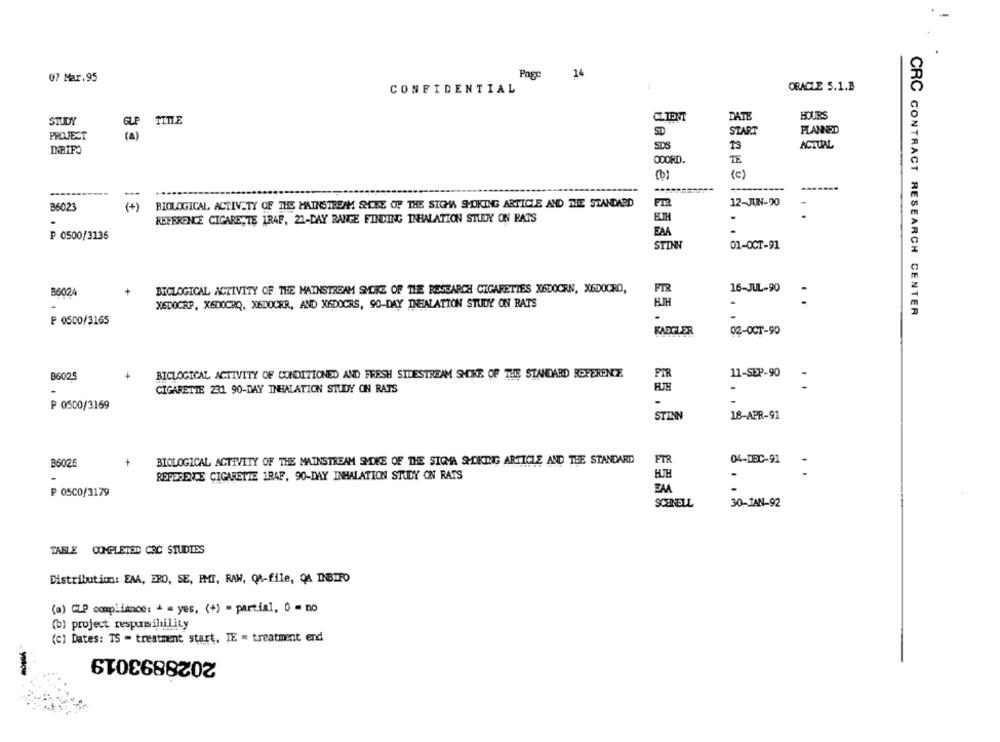
Page
14
07 Mar.95
CONFIDENTIAL
ORACLE 5.1.B
CLIPAT
DATE
HOURS
STUDY
GLP TITLE
SD
START
PLANNED
SDS
ACTUAL
INBIFO
ODORD.
TE
(c)
B6023
( +)
BIOLOGICAL ACTIVITY OF THE MAINSTREAM SHCKE OF THE SIGHA SMOKING ARTICLE AND THE STANDARD
12-JUN-20
=
ELTH
REFERENCE CIGARETTE 1R4F, 21-DAY RANGE FINDING INHALATION STUDY ON PATS
EMA
₽ 0500/3136
STINN
01-OCT-91
BIOLOGICAL ACTIVITY OF THE MAINSTREAM SMOKE OF THE RESEARCH CIGARETTES X6DOCEN, X6DOCHD,
16-JUL-90
B6024
XEDOCRP, XSDOCHQ, XEDOCER, AND X6DOCRS, 90-DAY INHALATION STUDY ON RATS
.
CRC CONTRACT RESEARCH CENTER
P 0500/3165
KARFLER
02-OCT-90
B6025
BICLOGICAL ACTIVITY OF CONDITIONED AND FRESH SIDESTREAM SMOKE OF THE STANDARD REFERENCE
PAR
11-SEP-90
CIGARETTE 231 90-DAY INHALATION STUDY ON RATS
P 0500/3169
-
STINN
18-APR-91
BIOLOGICAL ACTIVITY OF THE MAINSTREAM SMOKE OF THE SIGMA SMOKING ARTICLE AND THE STANDARD
FTR
04-DEC-91
B6026
+
HTH
-
REFERENCE CIGARETTE 1RAF, 90-DAY INHALATION STUDY ON RATS
EAA
P OSCO/3179
SCHNELL
30-JAN-92
TABLE COMPLETED CRC STUDIES
Distribution: EAA, BRO, SE, FMT, RAW, QA-file, QA INBIFO
(a) CLP compliance: + = yes, (+) - parcial, 0 - no
(b) project responsibility
(c) Dates: TS - treatment start, IE " treatment end
2028893019